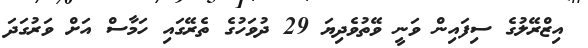
އިޒްރޭލުގެ ސިފައިން ވަނީ ވޭތުވެދިޔަ 29 ދުވަހުގެ ތެރޭގައި ހަމާސް އަށް ވަރުގަދަ